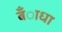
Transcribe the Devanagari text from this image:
बँाधा